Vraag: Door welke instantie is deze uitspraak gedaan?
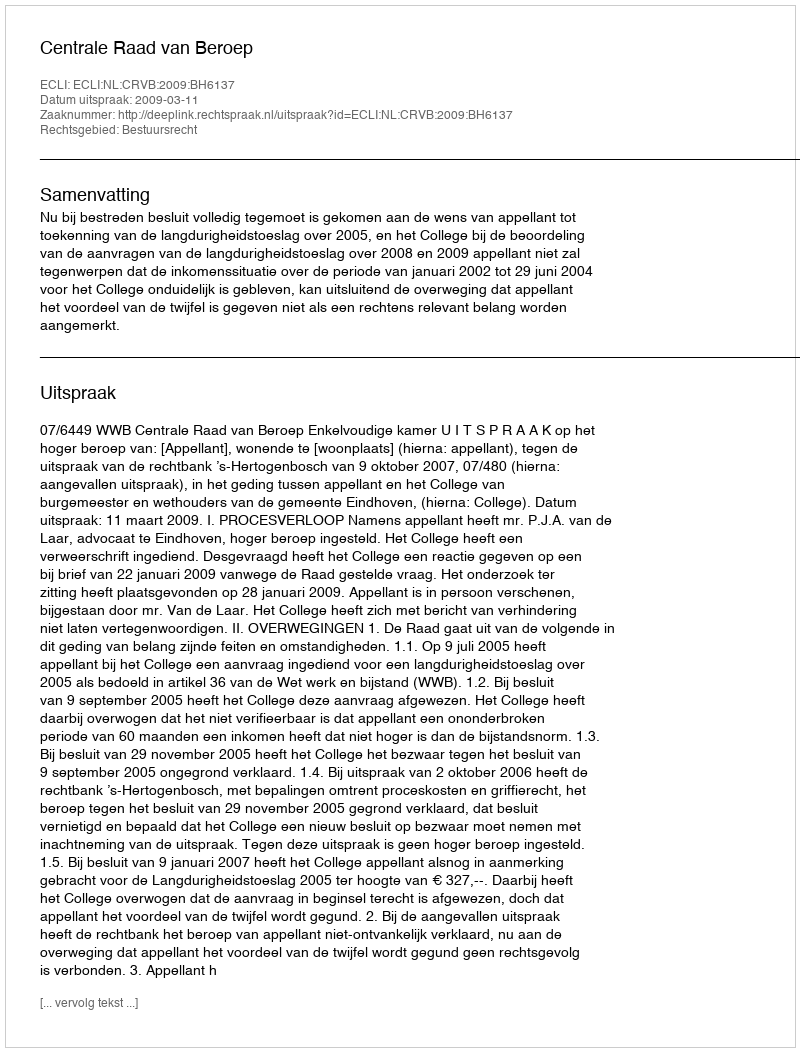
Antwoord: Centrale Raad van Beroep